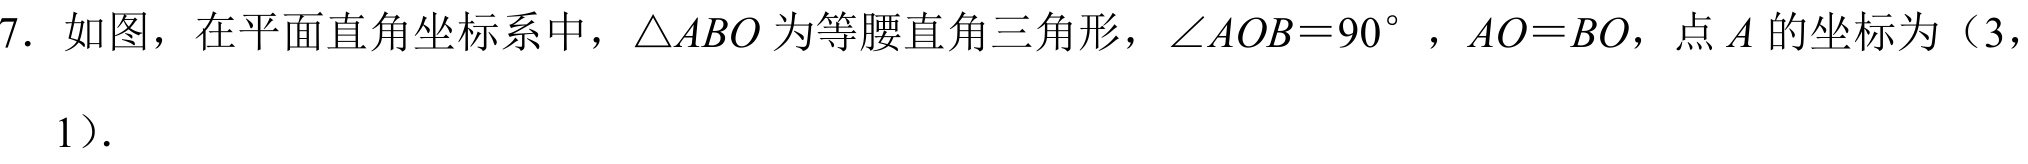
7. 如图，在平面直角坐标系中，\(\triangle ABO\)为等腰直角三角形，\(\angle AOB = 90^{\circ}\)，\(AO = BO\)，点\(A\)的坐标为（3，
1）.